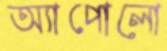
অ্যাপোলো